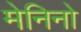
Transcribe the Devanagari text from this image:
मेनिनो